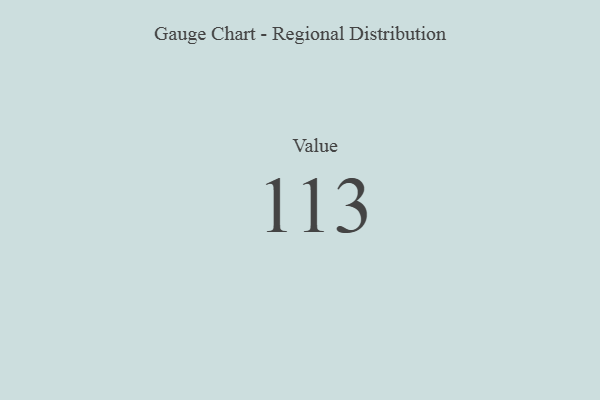
{"axis": {"x": "Metric", "y": "Value"}, "legend": [""], "data": [{"x": "Value", "y": 113, "type": ""}]}